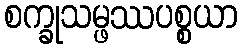
စက္ခုသမ္ဖဿပစ္စယာ